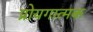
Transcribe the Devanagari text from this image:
प्रोयगात्मक